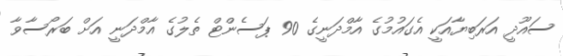
ސައޫދީ އަރަބިޔާއަކީ އެގައުމުގެ އާމްދަނީގެ 90 ޕަސެންޓް ތެލުގެ އާމްދަނީ އަށް ބަރޯސާވާ